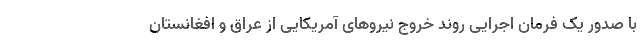
با صدور یک فرمان اجرایی روند خروج نیروهای آمریکایی از عراق و افغانستان